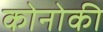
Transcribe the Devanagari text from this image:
कोनोकी